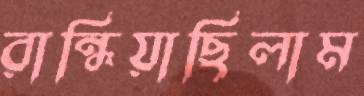
রান্ধিয়াছিলাম